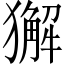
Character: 獬